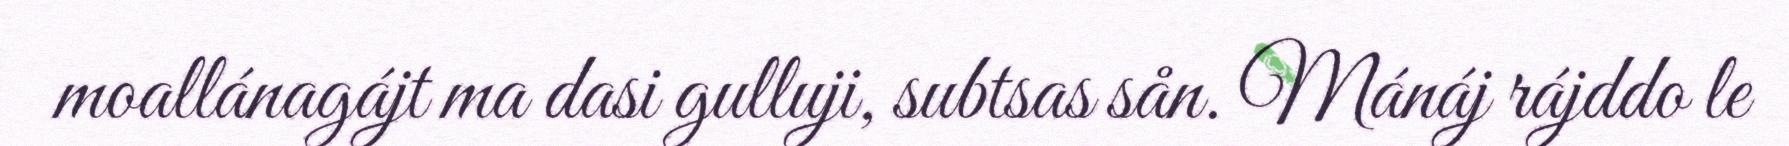
moallánagájt ma dasi gulluji, subtsas sån. Mánáj rájddo le